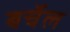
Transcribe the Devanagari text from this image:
बर्चेल